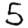
Digit: 5